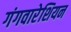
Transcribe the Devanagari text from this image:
गंगवारेशियन